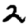
Digit: 2